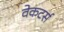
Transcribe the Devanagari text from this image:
वेकटर्स